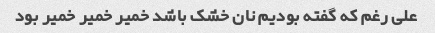
علی رغم که گفته بودیم نان خشک باشد خمیر خمیر خمیر بود